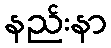
နည်းနာ